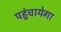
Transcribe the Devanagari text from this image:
पहुंचायेगा